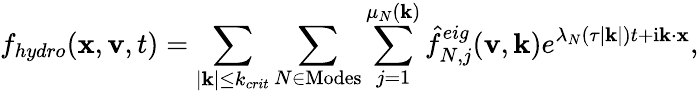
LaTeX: f_{hydro}(\mathbf{x},\mathbf{v},t)=\sum_{|\mathbf{k}|\leq k_{crit}}\sum_{N\in\mathrm{Modes}}\sum_{j=1}^{\mu_{N}(\mathbf{k})}\hat{f}_{N,j}^{eig}(\mathbf{v},\mathbf{k})e^{\lambda_{N}(\tau|\mathbf{k}|)t+\mathrm{i}\mathbf{k}\cdot\mathbf{x}},